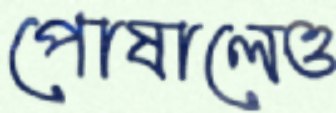
পোষালেও